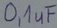
Text: 0,1uF